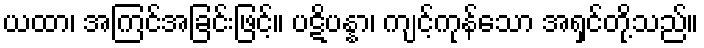
ယထာ၊ အကြင်အခြင်းဖြင့်။ ပဋိပန္နာ၊ ကျင့်ကုန်သော အရှင်တို့သည်။